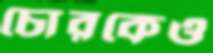
চোরকেও